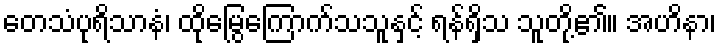
တေသံပုရိသာနံ၊ ထိုမြွေကြောက်သသူနှင့် ရန်ရှိသ သူတို့၏။ အဟိနာ၊